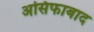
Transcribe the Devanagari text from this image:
असिफाबाद